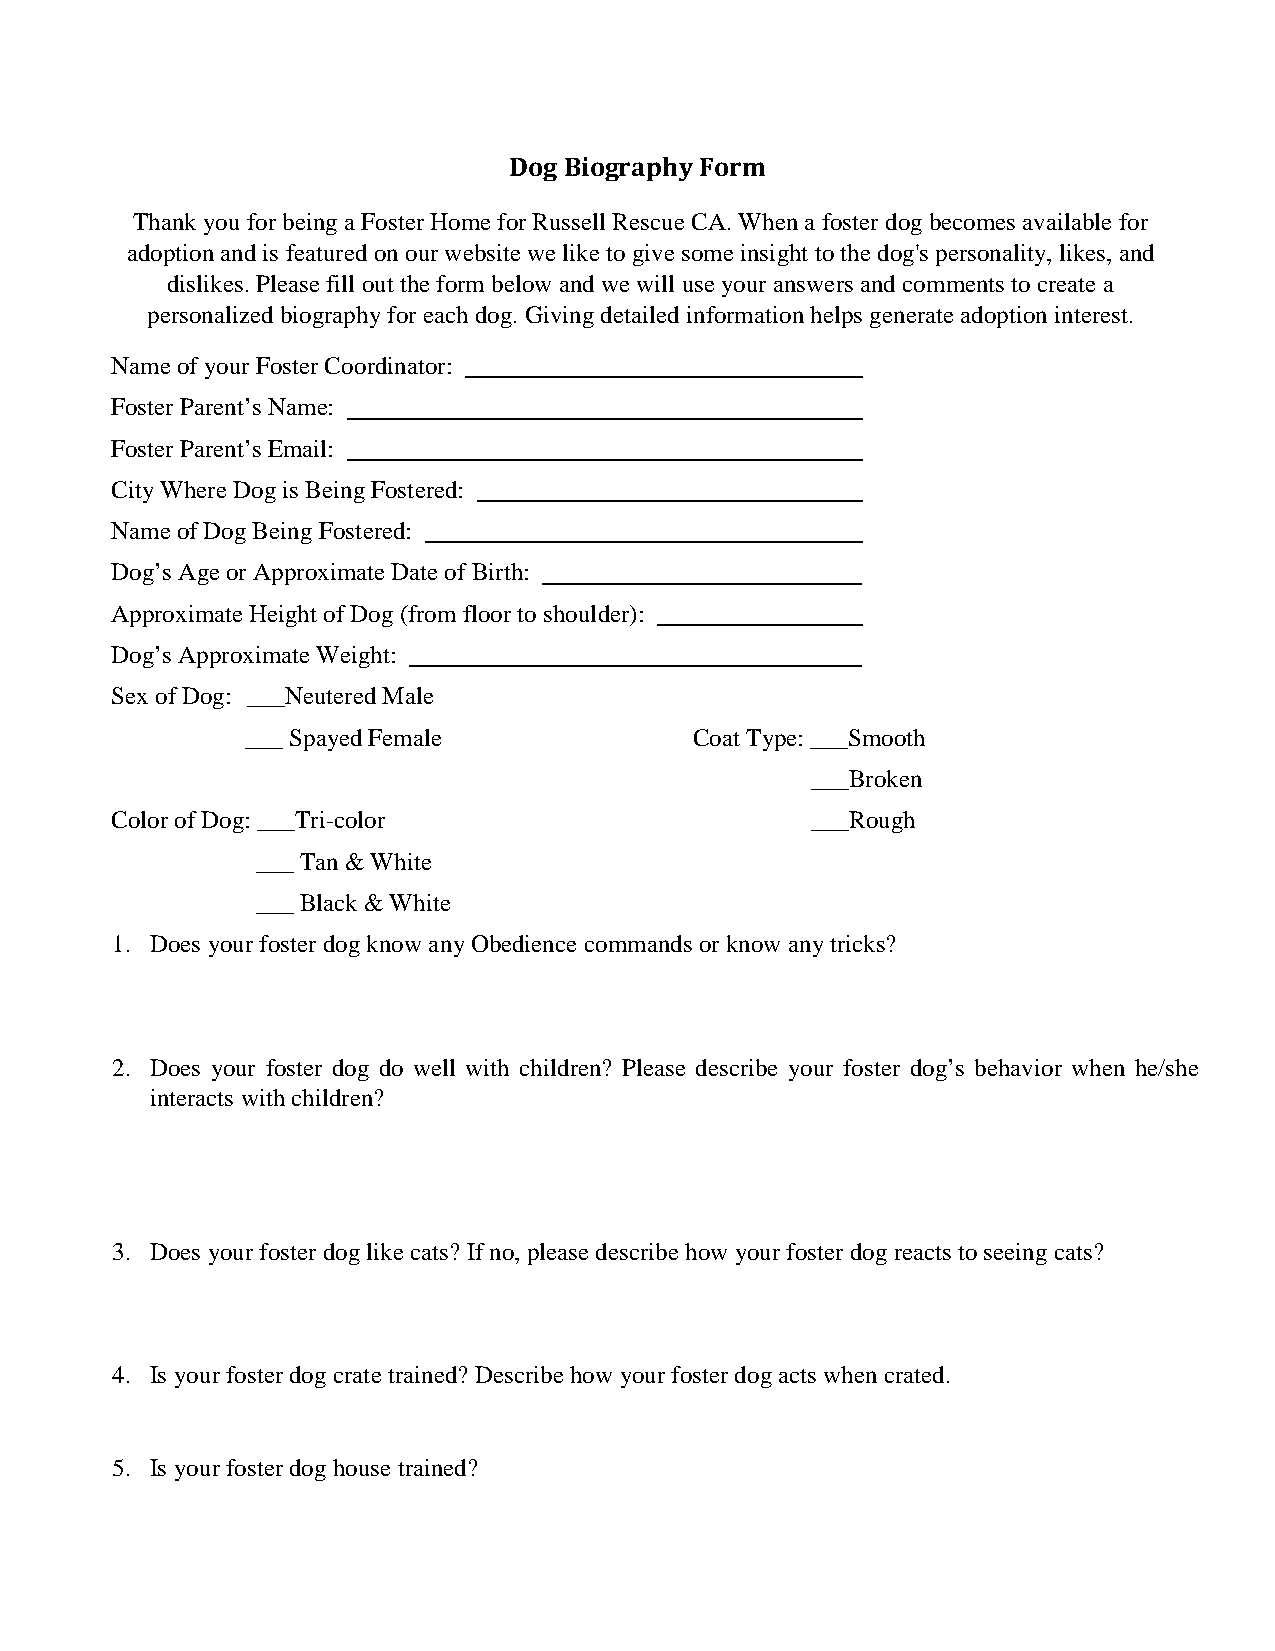
Dog Biography Form
 Thank you for being a Foster Home for Russell Rescue CA. When a foster dog becomes available for
 adoption and is featured on our website we like to give some insight to the dog's personality, likes, and
 dislikes. Please fill out the form below and we will use your answers and comments to create a
 personalized biography for each dog. Giving detailed information helps generate adoption interest.
 Name of your Foster Coordinator:
 Foster Parent’s Name:
 Foster Parent’s Email:
 City Where Dog is Being Fostered:
 Name of Dog Being Fostered:
 Dog’s Age or Approximate Date of Birth:
 Approximate Height of Dog (from floor to shoulder):
 Dog’s Approximate Weight:
 Sex of Dog: ___Neutered Male
 ___ Spayed Female             Coat Type: ___Smooth
 ___Broken
 Color of Dog: ___Tri-color                     ___Rough
 ___ Tan & White
 ___ Black & White
 1. Does your foster dog know any Obedience commands or know any tricks?
 2. Does your foster dog do well with children? Please describe your foster dog’s behavior when he/she
 interacts with children?
 3. Does your foster dog like cats? If no, please describe how your foster dog reacts to seeing cats?
 4. Is your foster dog crate trained? Describe how your foster dog acts when crated.
 5. Is your foster dog house trained?